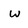
Character: w